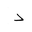
Letter: _dal